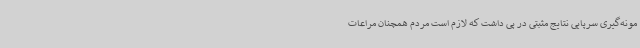
مونه‌گیری سرپایی نتایج مثبتی در پی داشت که لازم است مردم همچنان مراعات